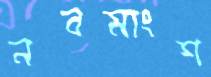
নবমাংশ